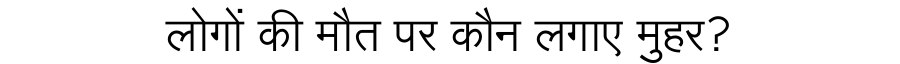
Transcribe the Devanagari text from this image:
लोगों की मौत पर कौन लगाए मुहर?